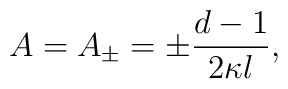
A=A_{\pm}= \pm \frac{d-1}{2 \kappa l},